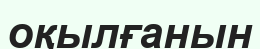
оқылғанын